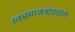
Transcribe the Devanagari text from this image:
स्वसमाजबांधवांनी